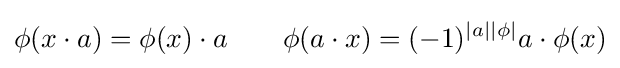
\phi (x\cdot a)=\phi (x)\cdot a\qquad \phi (a\cdot x)=(-1)^{|a||\phi |}a\cdot \phi (x)